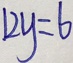
1 2 y = 6